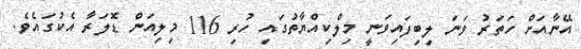
އޭނާއަށް ހަތަރު ވަނަ ލިބިފައިވަނީ މިލްކިއްޔާތުގައި ހުރި 116 މިލިއަން ޑޮލަރާ އެކުގައެވެ.